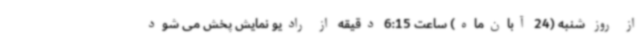
از روز شنبه (24 آبان‌ماه) ساعت 6:15 دقیقه از رادیو نمایش پخش می شود